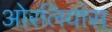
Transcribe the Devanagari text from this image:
ओरलियांस